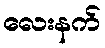
လေးနက်